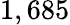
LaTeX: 1,685